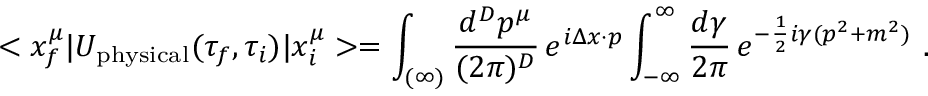
< x _ { f } ^ { \mu } | U _ { \mathrm { p h y s i c a l } } ( \tau _ { f } , \tau _ { i } ) | x _ { i } ^ { \mu } > = \int _ { ( \infty ) } \frac { d ^ { D } p ^ { \mu } } { ( 2 \pi ) ^ { D } } \, e ^ { i \Delta x \cdot p } \int _ { - \infty } ^ { \infty } \frac { d \gamma } { 2 \pi } \, e ^ { - \frac { 1 } { 2 } i \gamma ( p ^ { 2 } + m ^ { 2 } ) } \ .